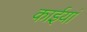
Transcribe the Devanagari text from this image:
काईयां